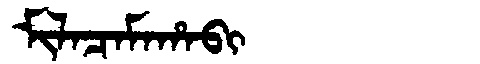
Manchu: ᠮᡳᠯᠠᠴᠠᠮᠠᡥᠠᠪᡳ
Romanization: MILACAMAHABI